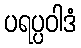
ပရပ္ပဝါဒံ